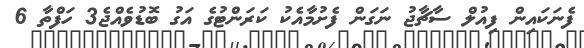
ފެނަކައިން ފިއުލް ސާޗާޖު ނަގަން ފެށުމާއެކު ކަރަންޓުގެ އަގު ބޮޑުވެއްޖެ3 ހަފްތާ 6